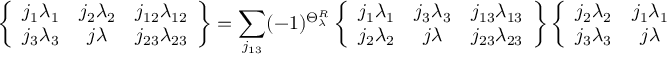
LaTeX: \left\{ \begin{array} { c c c } { { j _ { 1 } \lambda _ { 1 } } } & { { j _ { 2 } \lambda _ { 2 } } } & { { j _ { 1 2 } \lambda _ { 1 2 } } } \\ { { j _ { 3 } \lambda _ { 3 } } } & { { j \lambda } } & { { j _ { 2 3 } \lambda _ { 2 3 } } } \end{array} \right\} = \sum _ { j _ { 1 3 } } ( - 1 ) ^ { \Theta _ { \lambda } ^ { R } } \left\{ \begin{array} { c c c } { { j _ { 1 } \lambda _ { 1 } } } & { { j _ { 3 } \lambda _ { 3 } } } & { { j _ { 1 3 } \lambda _ { 1 3 } } } \\ { { j _ { 2 } \lambda _ { 2 } } } & { { j \lambda } } & { { j _ { 2 3 } \lambda _ { 2 3 } } } \end{array} \right\} \left\{ \begin{array} { c c c } { { j _ { 2 } \lambda _ { 2 } } } & { { j _ { 1 } \lambda _ { 1 } } } & { { j _ { 1 2 } \lambda _ { 1 2 } } } \\ { { j _ { 3 } \lambda _ { 3 } } } & { { j \lambda } } & { { j _ { 1 3 } \lambda _ { 1 3 } } } \end{array} \right\} \, .